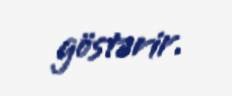
göstərir.